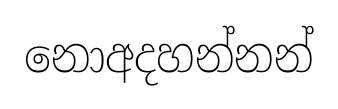
නොඅදහන්නන්